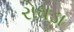
રોઘડા